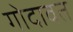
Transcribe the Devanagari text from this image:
गोदावत